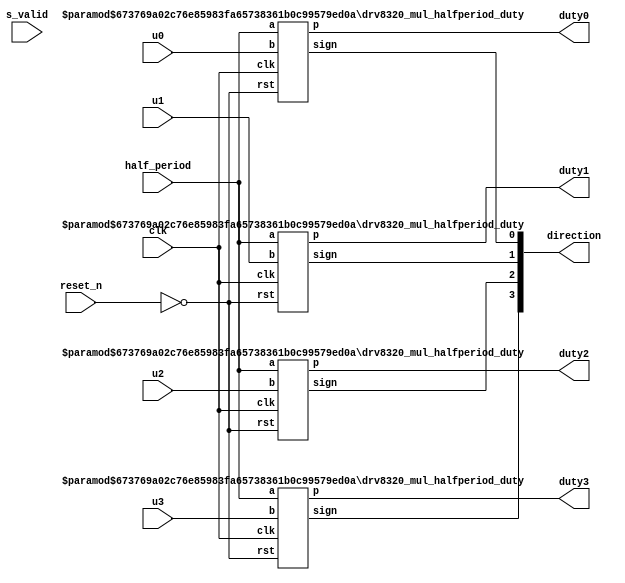
module servo_u2duty_wrapper
(
    clk,
    reset_n,

    half_period,
    // slave 
    u0, // -1 .. 1
    u1,
    u2,
    u3,
    s_valid,

    duty0,
    duty1,
    duty2,
    duty3,
    // m_valid,

    direction
);

localparam DUTY_WIDTH = 16;

input    clk;
input    reset_n;

input  [DUTY_WIDTH-2:0]  half_period;
    // slave 
input  [DUTY_WIDTH-1:0]  u0; // -1 .. 1
input  [DUTY_WIDTH-1:0]  u1;
input  [DUTY_WIDTH-1:0]  u2;
input  [DUTY_WIDTH-1:0]  u3;
input s_valid;

output wire  [DUTY_WIDTH-2:0]  duty0;
output wire  [DUTY_WIDTH-2:0]  duty1;
output wire  [DUTY_WIDTH-2:0]  duty2;
output wire  [DUTY_WIDTH-2:0]  duty3;
output wire [3:0] direction;
// output m_valid;

// localparam STEP_TIME = 4;
// reg [STEP_TIME-1:0] progress;

// assign m_valid = progress[STEP_TIME-1];

// always @(posedge clk) begin
//     progress <= {progress[STEP_TIME-2:0], s_valid}
// end

drv8320_mul_halfperiod_duty#
(
.A_DWIDTH(DUTY_WIDTH-1),
.B_DWIDTH(DUTY_WIDTH)
)
drv8320_mul_halfperiod_duty_inst0
(
.clk(clk), . rst(~reset_n), .a(half_period), .b(u0), .p(duty0), .sign(direction[0])
);

drv8320_mul_halfperiod_duty#
(
.A_DWIDTH(DUTY_WIDTH-1),
.B_DWIDTH(DUTY_WIDTH)
)
drv8320_mul_halfperiod_duty_inst1
(
.clk(clk), . rst(~reset_n), .a(half_period), .b(u1), .p(duty1), .sign(direction[1])
);

drv8320_mul_halfperiod_duty#
(
.A_DWIDTH(DUTY_WIDTH-1),
.B_DWIDTH(DUTY_WIDTH)
)
drv8320_mul_halfperiod_duty_inst2
(
.clk(clk), . rst(~reset_n), .a(half_period), .b(u2), .p(duty2), .sign(direction[2])
);

drv8320_mul_halfperiod_duty#
(
.A_DWIDTH(DUTY_WIDTH-1),
.B_DWIDTH(DUTY_WIDTH)
)
drv8320_mul_halfperiod_duty_inst3
(
.clk(clk), . rst(~reset_n), .a(half_period), .b(u3), .p(duty3), .sign(direction[3])
);


endmodule

module drv8320_mul_halfperiod_duty(clk, rst, a, b, p, sign);
  parameter A_DWIDTH = 1;
  parameter B_DWIDTH = 1;

input clk;
input rst;
input [A_DWIDTH - 1 : 0] a;
input signed [B_DWIDTH - 1 : 0] b;
output wire [A_DWIDTH - 1 : 0] p;
output reg sign;
wire ce;

reg [A_DWIDTH - 1 : 0] a_reg; 
reg signed [B_DWIDTH - 1 : 0] b_reg; 

reg signed [A_DWIDTH+B_DWIDTH : 0] p_reg; 
reg signed [A_DWIDTH+B_DWIDTH : 0] p_reg_tmp; 

wire [A_DWIDTH : 0] p_reg_tmp2;
reg [A_DWIDTH : 0] p_reg_tmp3;

assign ce = 1;

always @ (posedge clk) begin
    if (ce) begin
        a_reg <= a;
        b_reg <= b;
        p_reg_tmp <= $signed({1'b0, a_reg}) * b_reg;
        p_reg <= p_reg_tmp;
    end
end

assign p_reg_tmp2 = p_reg[A_DWIDTH+B_DWIDTH-1:B_DWIDTH-1];

always @ (posedge clk) begin
    if (ce) begin
        p_reg_tmp3 <= p_reg_tmp2[A_DWIDTH]? ({A_DWIDTH{1'b0}} - p_reg_tmp2): p_reg_tmp2;
        sign <= p_reg_tmp2[A_DWIDTH];
    end
end

assign p = p_reg_tmp3[A_DWIDTH-1:0];

endmodule